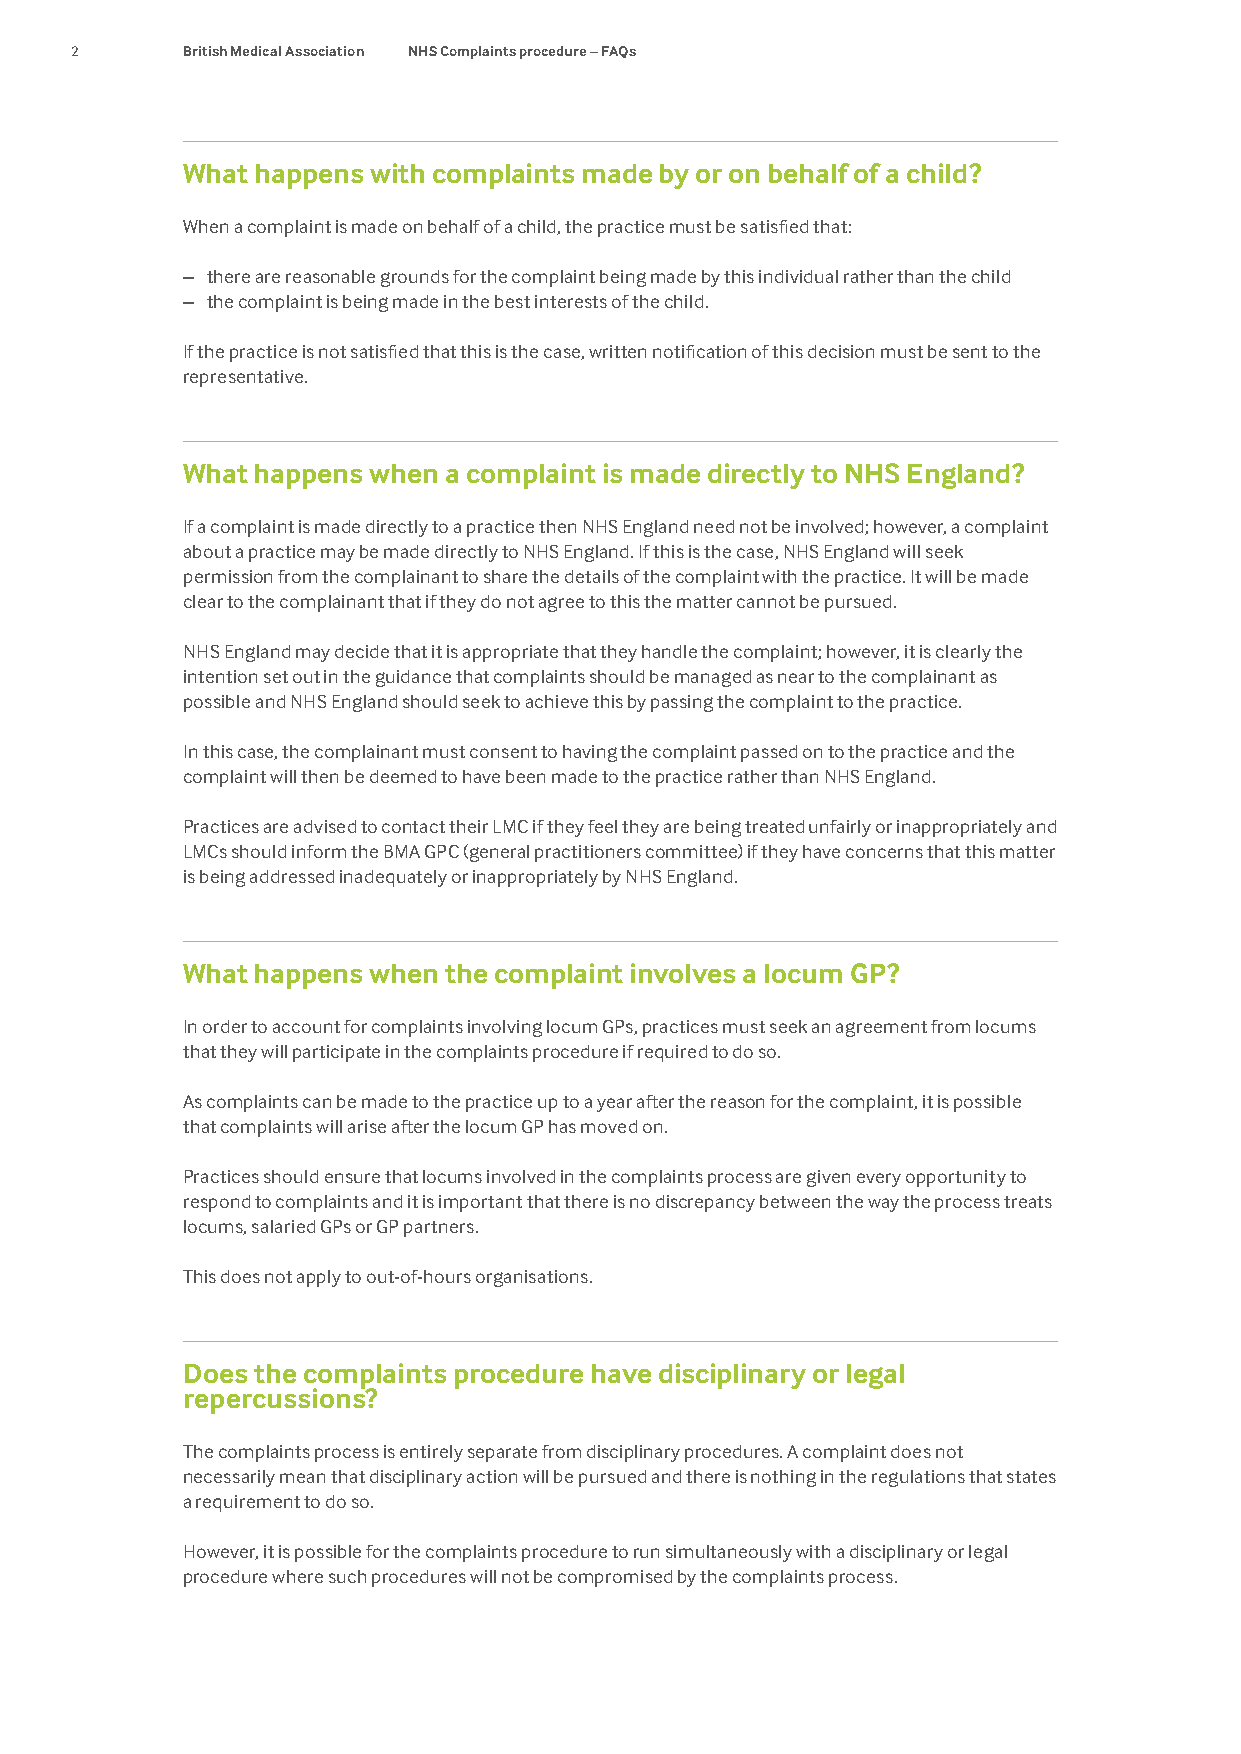
2      British Medical Association NHS Complaints procedure – FAQs
 What happens with complaints made by or on behalf of a child?
 When a complaint is made on behalf of a child, the practice must be satisfied that:
 – there are reasonable grounds for the complaint being made by this individual rather than the child
 – the complaint is being made in the best interests of the child.
 If the practice is not satisfied that this is the case, written notification of this decision must be sent to the
 representative.
 What happens when a complaint is made directly to NHS England?
 If a complaint is made directly to a practice then NHS England need not be involved; however, a complaint
 about a practice may be made directly to NHS England. If this is the case, NHS England will seek
 permission from the complainant to share the details of the complaint with the practice. It will be made
 clear to the complainant that if they do not agree to this the matter cannot be pursued.
 NHS England may decide that it is appropriate that they handle the complaint; however, it is clearly the
 intention set out in the guidance that complaints should be managed as near to the complainant as
 possible and NHS England should seek to achieve this by passing the complaint to the practice.
 In this case, the complainant must consent to having the complaint passed on to the practice and the
 complaint will then be deemed to have been made to the practice rather than NHS England.
 Practices are advised to contact their LMC if they feel they are being treated unfairly or inappropriately and
 LMCs should inform the BMA GPC (general practitioners committee) if they have concerns that this matter
 is being addressed inadequately or inappropriately by NHS England.
 What happens when the complaint involves a locum GP?
 In order to account for complaints involving locum GPs, practices must seek an agreement from locums
 that they will participate in the complaints procedure if required to do so.
 As complaints can be made to the practice up to a year after the reason for the complaint, it is possible
 that complaints will arise after the locum GP has moved on.
 Practices should ensure that locums involved in the complaints process are given every opportunity to
 respond to complaints and it is important that there is no discrepancy between the way the process treats
 locums, salaried GPs or GP partners.
 This does not apply to out-of-hours organisations.
 Does the complaints procedure have disciplinary or legal
 repercussions?
 The complaints process is entirely separate from disciplinary procedures. A complaint does not
 necessarily mean that disciplinary action will be pursued and there is nothing in the regulations that states
 a requirement to do so.
 However, it is possible for the complaints procedure to run simultaneously with a disciplinary or legal
 procedure where such procedures will not be compromised by the complaints process.